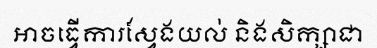
អាចធ្វើការស្វែងយល់ និងសិក្សាជា